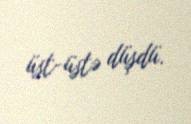
üst-üstə düşdü.